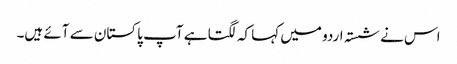
اس نے شستہ اردو میں کہا کہ لگتا ہے آپ پاکستان سے آئے ہیں۔